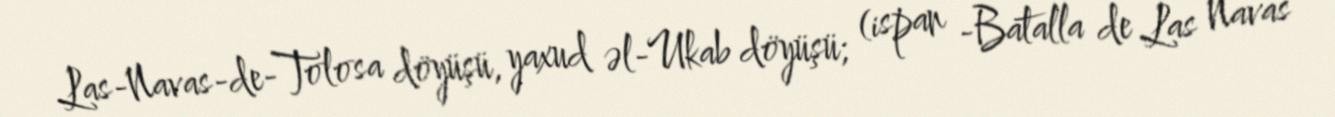
Las-Navas-de-Tolosa döyüşü, yaxud əl-Ukab döyüşü; (ispan -Batalla de Las Navas